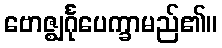
ဗောဇ္ဈင်္ဂုပေက္ခာမည်၏။